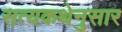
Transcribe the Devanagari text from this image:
सत्यकथेनुसार